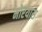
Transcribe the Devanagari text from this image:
मोरयास